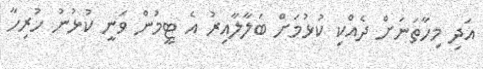
އަދި މިހާތަނަށް ދެއްކި ކުޅުމަށް ބަލާލާއިރު އެ ޓީމުން ވަނީ ކުޅުނު ހުރިހާ